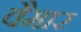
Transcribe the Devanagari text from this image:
वैमार